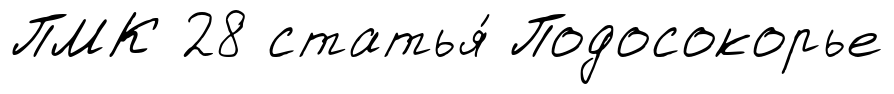
ПМК 28 статья́ Подосокорье